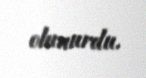
olunurdu.